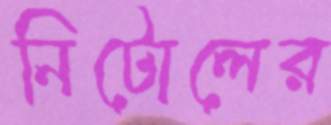
নিটোলের